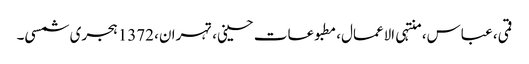
قمی، عباس، منتہی الاعمال، مطبوعات حسینی، تہران، 1372 ہجری شمسی۔